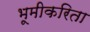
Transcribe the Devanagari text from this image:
भूमीकरिता